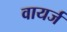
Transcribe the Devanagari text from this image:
वायर्ज